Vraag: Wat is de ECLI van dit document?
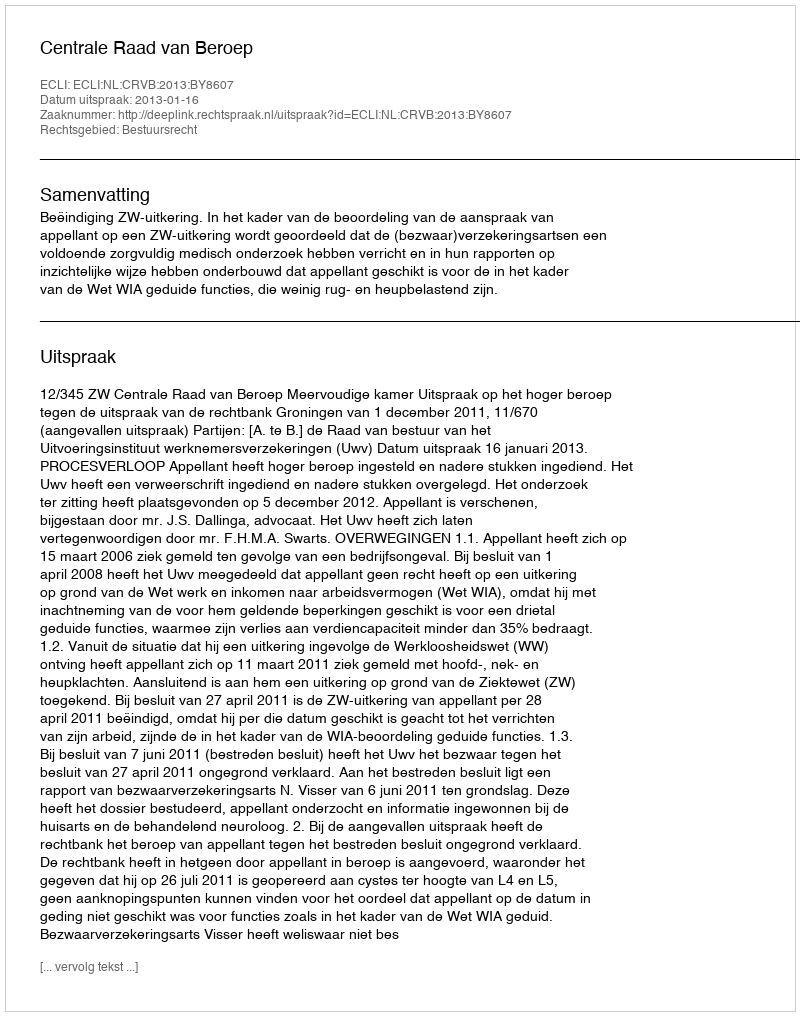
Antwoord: ECLI:NL:CRVB:2013:BY8607